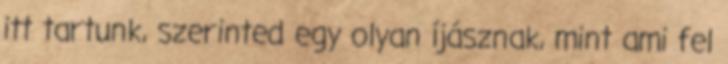
itt tartunk, szerinted egy olyan íjásznak, mint ami fel